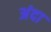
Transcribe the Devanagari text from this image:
अंदा